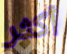
أكثر